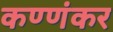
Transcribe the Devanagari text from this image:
कण्णंकर